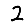
Digit: 2